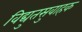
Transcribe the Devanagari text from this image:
विद्युतसुवाहक